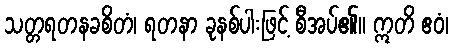
သတ္တရတနခစိတံ၊ ရတနာ ခုနစ်ပါးဖြင့် စီအပ်၏။ ဣတိ ဧဝံ၊